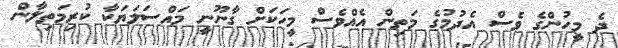
ދެ މީހުންގެ ވެސް އެދުމުގެ މަތިން އެއްވެސް މީހަކަށް ގާނޫނީ މައްސަލަޔަކާ ކުރިމަތިލާން